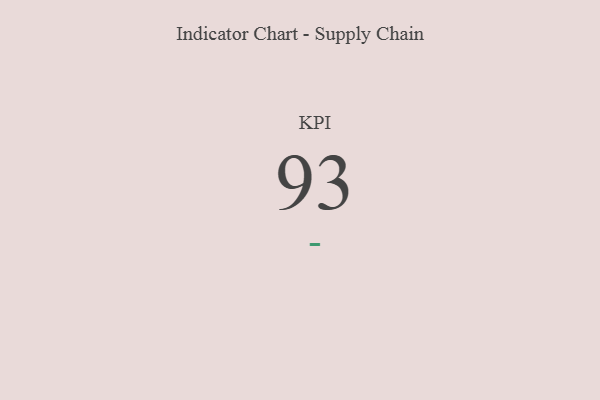
{"axis": {"x": "KPI", "y": "Value"}, "legend": [""], "data": [{"x": "KPI", "y": 93, "type": ""}]}